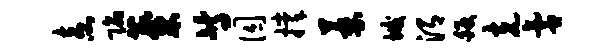
盍陷麋等囚撑萎垢渭皈克氲